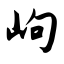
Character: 岣